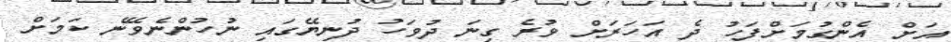
އަށް އެންގުމަށްފަހު ދެ އަހަރަށް ވުރެ ގިނަ ދުވަހު ދުނިޔޭގައި ނުހުންނެވޭނެ ކަމަށް